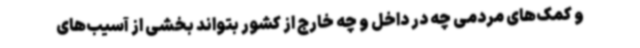
و کمک‌های مردمی چه در داخل و چه خارج از کشور بتواند بخشی از آسیب‌های